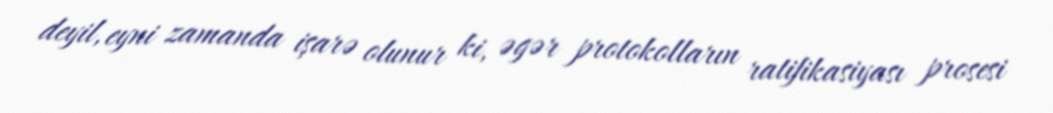
deyil, eyni zamanda işarə olunur ki, əgər protokolların ratifikasiyası prosesi